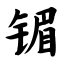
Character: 镅